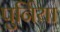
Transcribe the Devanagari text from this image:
पुर्निया